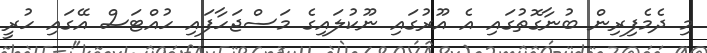
މި ދެމެފިރިން ބުނާގޮތުގައި އެ އޫރުގައި ނޫކުލައިގެ މަސްޖަހާފައި ހުއްޓަސް އޭގައި ހުރީ